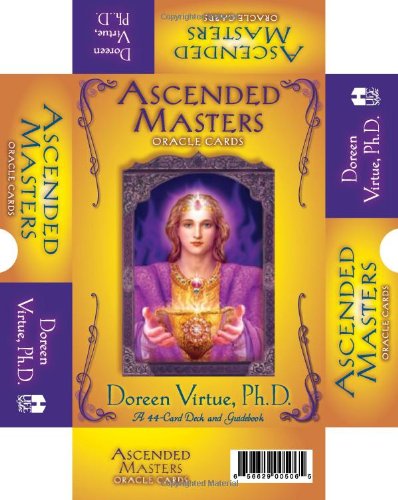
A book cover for Ascended Masters Oracle Cards: 44-Card Deck and guidebook; Doreen Virtue; Religion & Spirituality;